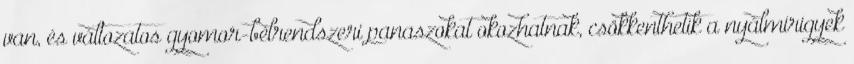
van, és változatos gyomor-bélrendszeri panaszokat okozhatnak, csökkenthetik a nyálmirigyek